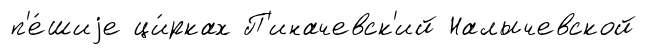
п'е́шиjе ци́рках П'иначевск'ий Налычевской